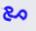
مع